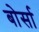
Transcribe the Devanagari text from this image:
बोर्सा